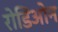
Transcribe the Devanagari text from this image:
रोडिओन